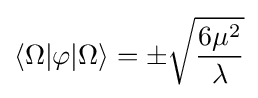
\langle \Omega |\varphi |\Omega \rangle =\pm {\sqrt {\frac {6\mu ^{2}}{\lambda }}}